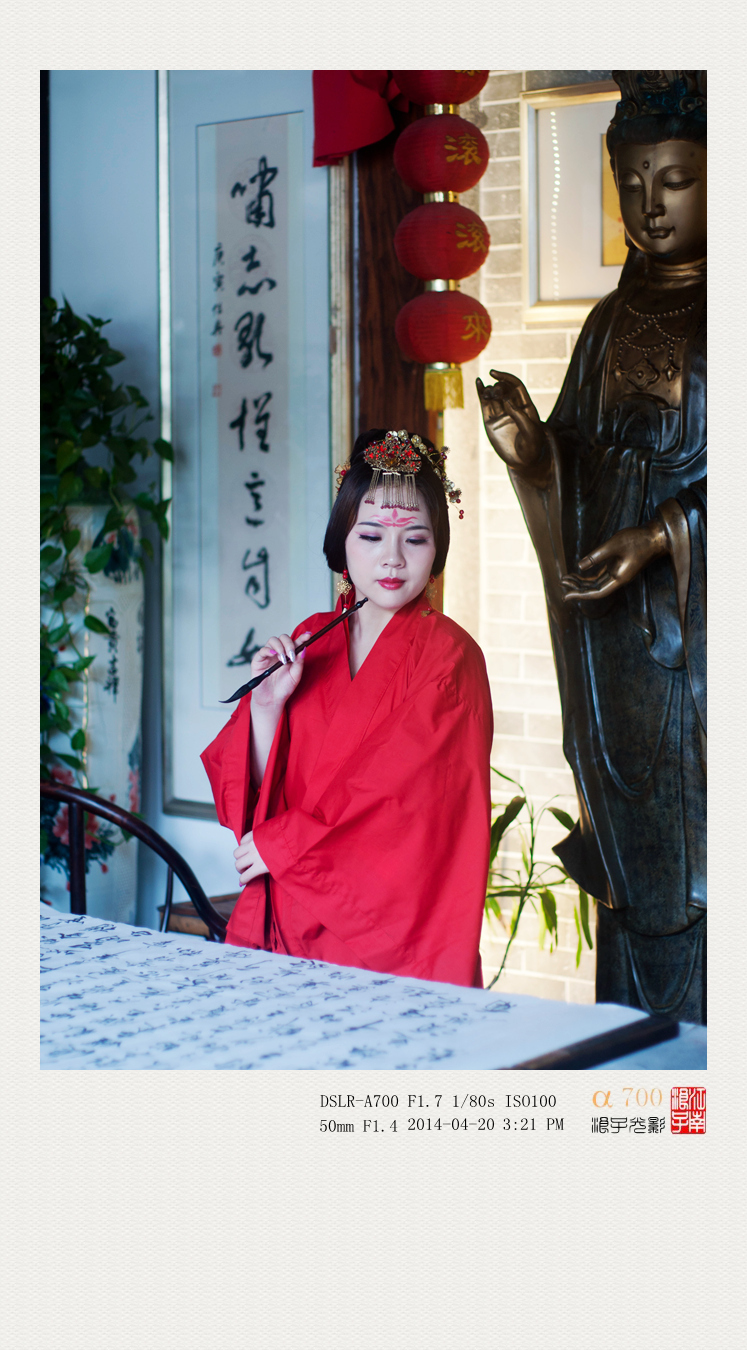
酒意诗情谁与共？泪融残粉花钿重。